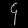
Digit: ၄